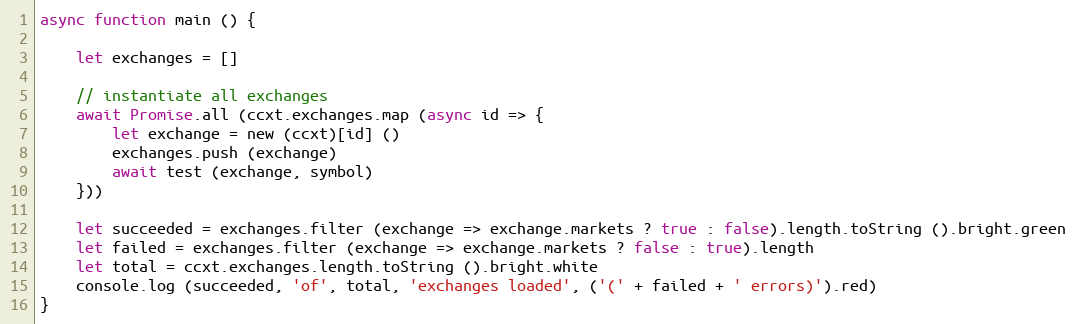
Language: JavaScript
async function main () {

    let exchanges = []

    // instantiate all exchanges
    await Promise.all (ccxt.exchanges.map (async id => {
        let exchange = new (ccxt)[id] ()
        exchanges.push (exchange)
        await test (exchange, symbol)
    }))

    let succeeded = exchanges.filter (exchange => exchange.markets ? true : false).length.toString ().bright.green
    let failed = exchanges.filter (exchange => exchange.markets ? false : true).length
    let total = ccxt.exchanges.length.toString ().bright.white
    console.log (succeeded, 'of', total, 'exchanges loaded', ('(' + failed + ' errors)').red)
}